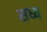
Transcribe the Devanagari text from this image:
सध्य